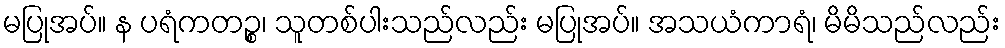
မပြုအပ်။ န ပရံကတဉ္စ၊ သူတစ်ပါးသည်လည်း မပြုအပ်။ အသယံကာရံ၊ မိမိသည်လည်း